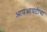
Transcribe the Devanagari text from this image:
आयआयटीचा